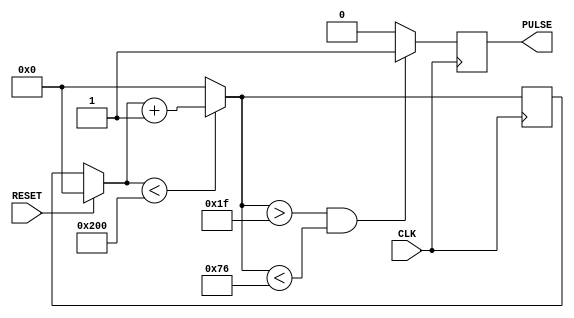
`ifndef __simplepulsegenerator_include
`define __simplepulsegenerator_include

module simplepulsegenerator (
    input CLK,    // 15MHz clock
    input RESET,
    output reg PULSE
);

parameter [15:0] DELAY = 32;
parameter [15:0] WIDTH = 86;
parameter [15:0] WINDOW = 512;

reg [15:0] tickcount;
reg pulseval;

// Pulse needs to count upto DELAY, then make a new pulse of WIDTH
always @(posedge CLK) begin

  if (RESET) begin
    tickcount = 15'b0;
    PULSE = 0;
  end

  // Count Upwards
  if (tickcount < WINDOW) begin
    tickcount <= tickcount + 1;
  end else begin
    tickcount = 15'b0;
  end

  if (tickcount > DELAY-1 & tickcount < DELAY + WIDTH)
  begin
    PULSE = 1;
  end
  else
  begin
    PULSE = 0;
  end

end

// assign PULSE = pulseval;


endmodule
`endif